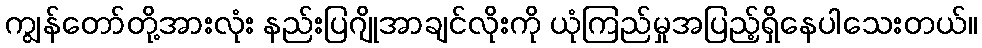
ကျွန်တော်တို့အားလုံး နည်းပြဂျိုအာချင်လိုးကို ယုံကြည်မှုအပြည့်ရှိနေပါသေးတယ်။